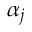
\alpha _ { j }